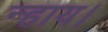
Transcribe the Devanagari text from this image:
न्हाय।